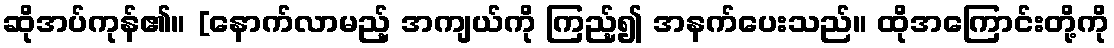
ဆိုအပ်ကုန်၏။ [နောက်လာမည့် အကျယ်ကို ကြည့်၍ အနက်ပေးသည်။ ထိုအကြောင်းတို့ကို